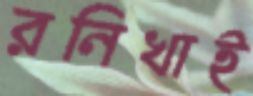
রনিখাই